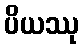
ပိယဿု